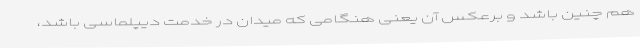
هم چنین باشد و برعکس آن یعنی هنگامی که میدان در خدمت دیپلماسی باشد،